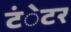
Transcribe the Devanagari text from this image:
टंेटर